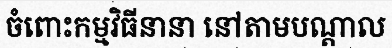
ចំពោះកម្មវិធីនានា នៅតាមបណ្តាល